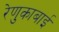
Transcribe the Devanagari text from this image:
रेणुकाबाई